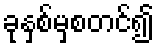
ခုနှစ်မှစတင်၍